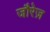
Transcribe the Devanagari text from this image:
जौरेज़